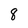
Character: 8